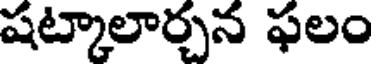
షట్కాలార్చన ఫలం